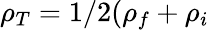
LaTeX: \rho_{T}=1/2(\rho_{f}+\rho_{i}